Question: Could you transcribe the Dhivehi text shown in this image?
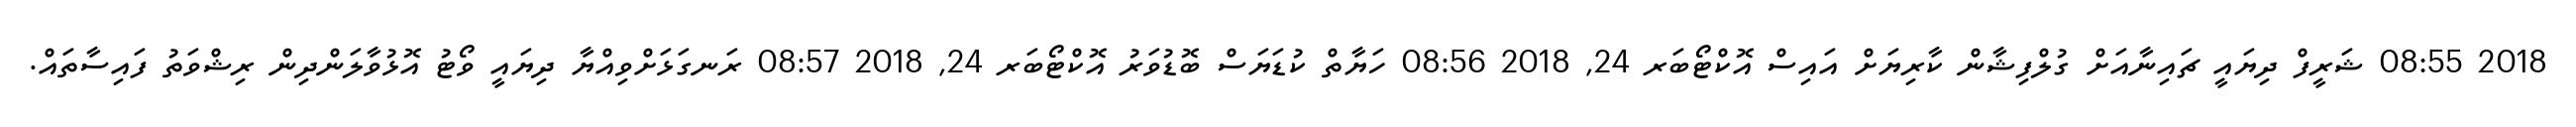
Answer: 2018 08:55 ޝަރީފް ދިޔައީ ޗައިނާއަށް ގުލްފިޝާން ކާރިޔަށް އައިސް އޮކްޓޯބަރ 24, 2018 08:56 ހަޔާތް ކުޑަޔަސް ބޮޑުވަރު އޮކްޓޯބަރ 24, 2018 08:57 ރަނގަޅަށްވިއްޔާ ދިޔައީ ވޯޓު އޮޅުވާލަންދިން ރިޝްވަތު ފައިސާތައް.